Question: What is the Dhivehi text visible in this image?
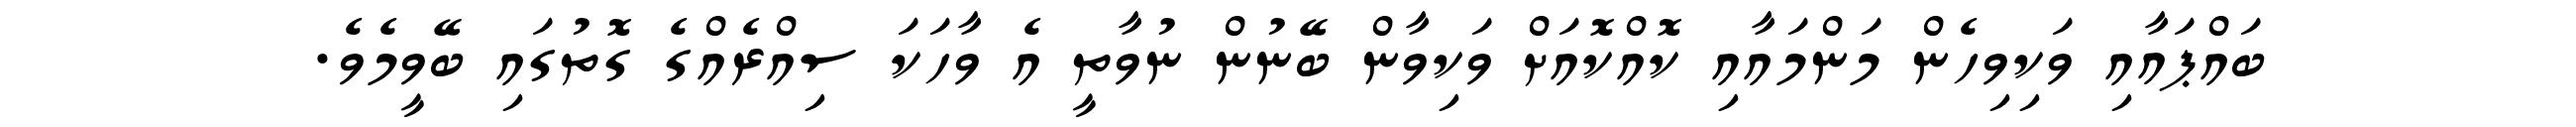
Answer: ބައްޕައާއި ވަކިވިހެން މަންމައާއި ކޮއްކޮއަށް ވަކިވާން ބޭނުން ނުވާތީ އެ ވާހަކަ ސިއްރެއްގެ ގޮތުގައި ބޭވީމެވެ.